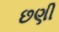
છણી